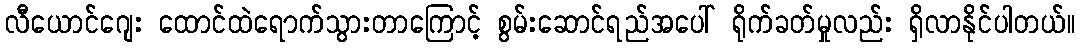
လီယောင်ဂျေး ထောင်ထဲရောက်သွားတာကြောင့် စွမ်းဆောင်ရည်အပေါ် ရိုက်ခတ်မှုလည်း ရှိလာနိုင်ပါတယ်။